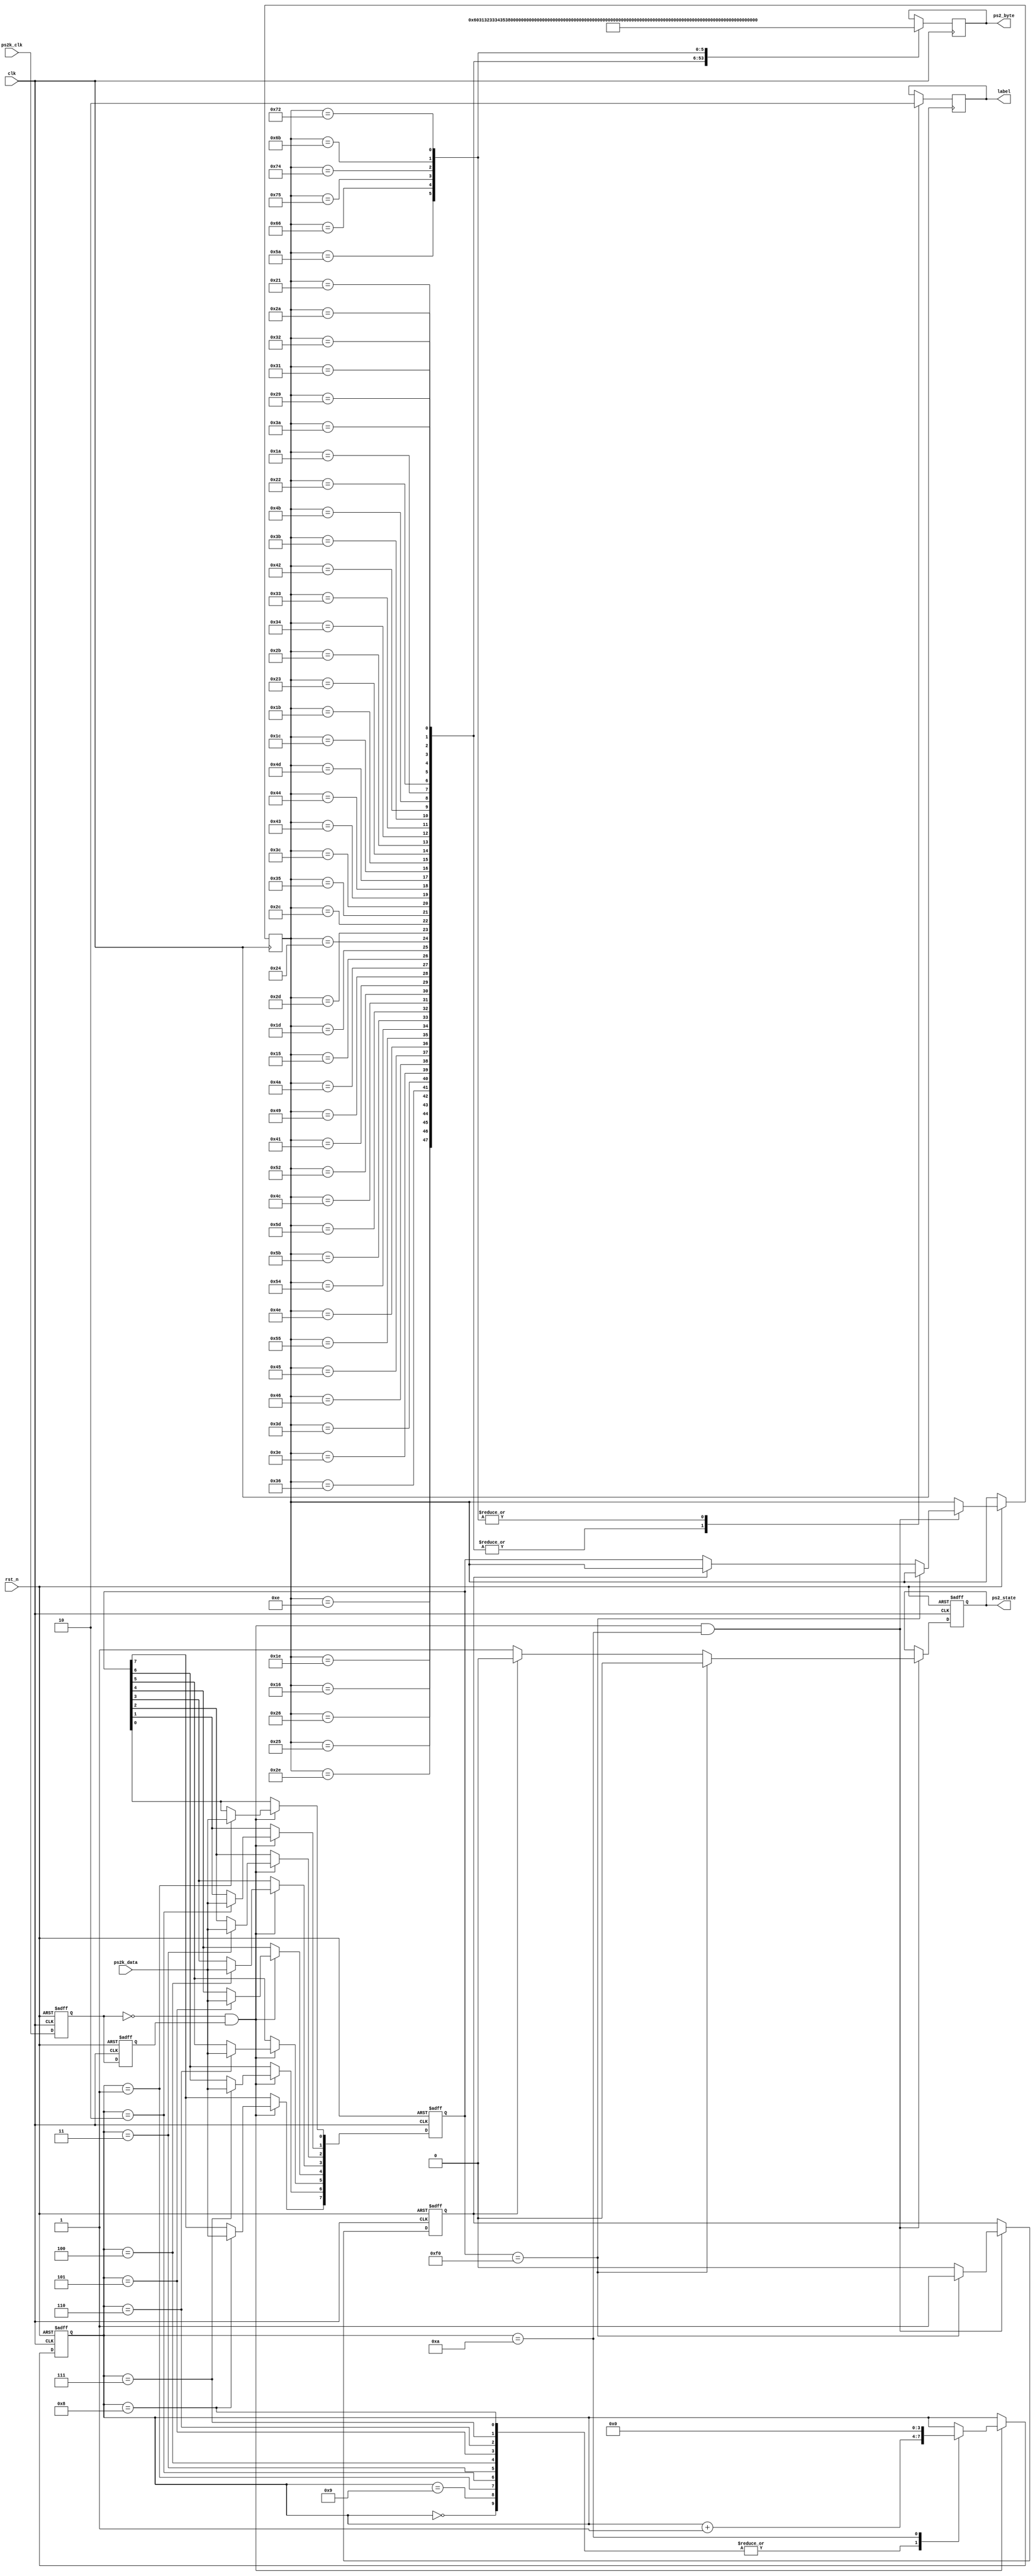
`timescale 1ns / 1ps
//////////////////////////////////////////////////////////////////////////////////
// Company: 
// Engineer: 
// 
// Design Name: 
// Module Name: keyboard
// Project Name: 
// Target Devices: 
// Tool Versions: 
// Description: 
// 
// Dependencies: 
// 
// Revision:
// Revision 0.01 - File Created
// Additional Comments:
// 
//////////////////////////////////////////////////////////////////////////////////

module keyboard(
    clk, rst_n, ps2k_clk,
    ps2k_data, ps2_byte,
    label,ps2_state
);

input clk;      
input rst_n;   
input ps2k_clk;             // PS2
input ps2k_data;            // PS2
output [7:0] ps2_byte;      // 1byte
output ps2_state;
output reg label;

reg ps2k_clk_r0,ps2k_clk_r1;   //ps2k_clk

wire neg_ps2k_clk;   // ps2k_clk


always @ (posedge clk or negedge rst_n) begin
    if(!rst_n) begin
          ps2k_clk_r0 <= 1'b0;
          ps2k_clk_r1 <= 1'b0;
       end
    else begin                        
          ps2k_clk_r0 <= ps2k_clk;
          ps2k_clk_r1 <= ps2k_clk_r0;
       end
end

assign neg_ps2k_clk = ~ps2k_clk_r0 & ps2k_clk_r1;   //


reg[7:0] ps2_byte_r;      //PCPS2
reg[7:0] temp_data;         //
reg[3:0] num;            //
reg shift_status;

always @ (posedge clk or negedge rst_n) begin
    if(!rst_n) begin
          num <= 4'd0;
          temp_data <= 8'd0;
       end
    else if(neg_ps2k_clk) begin   //ps2k_clk
          case (num)
            4'd0:    num <= num+1'b1;
            4'd1:   begin
                      num <= num+1'b1;
                      temp_data[0] <= ps2k_data;   //bit0
                   end
            4'd2:   begin
                      num <= num+1'b1;
                      temp_data[1] <= ps2k_data;   //bit1
                   end
            4'd3:   begin
                      num <= num+1'b1;
                      temp_data[2] <= ps2k_data;   //bit2
                   end
            4'd4:   begin
                      num <= num+1'b1;
                      temp_data[3] <= ps2k_data;   //bit3
                   end
            4'd5:   begin
                      num <= num+1'b1;
                      temp_data[4] <= ps2k_data;   //bit4
                   end
            4'd6:   begin
                      num <= num+1'b1;
                      temp_data[5] <= ps2k_data;   //bit5
                   end
            4'd7:   begin
                      num <= num+1'b1;
                      temp_data[6] <= ps2k_data;   //bit6
                   end
            4'd8:   begin
                      num <= num+1'b1;
                      temp_data[7] <= ps2k_data;   //bit7
                   end
            4'd9:   begin
                      num <= num+1'b1;   //
                   end
            4'd10: begin
                      num <= 4'd0;    
                   end
            default: ;
            endcase
      end   
end

reg key_f0;      //18'hf0
reg ps2_state_r;   //ps2_state_r=1
reg ps2_state_r0,ps2_state_r1;

always @ (posedge clk or negedge rst_n) begin   //1byte
    if(!rst_n) begin
          key_f0 <= 1'b0;
          ps2_state_r0 <= 1'b0;
       end
    else if(neg_ps2k_clk && num==4'd10) begin   //
          if(temp_data == 8'hf0) begin
             key_f0 <= 1'b1;
             ps2_state_r0 <= 0;
          end 
          else begin
                if(!key_f0) begin   //
                      ps2_state_r0 <= 1'b1;
                      ps2_byte_r <= temp_data;   
                   end
                else begin      // 8bit 8'hf0
                      ps2_state_r0 <= 1'b0;
                      key_f0 <= 1'b0;
                   end
             end
       end
end

reg[7:0] ps2_asci;   //ASCII
reg flag;

always @ (posedge clk) begin  
    case (ps2_byte_r)      //ASCII
    8'h0e: begin ps2_asci <= 8'h60;     label=1  ; end
    8'h16: begin ps2_asci <=8'h31;     label=1  ; end
    8'h1e: begin ps2_asci <= 8'h32;     label=1  ; end
    8'h26: begin ps2_asci <= 8'h33;     label=1  ; end
    8'h25: begin ps2_asci <= 8'h34;     label=1  ; end
    8'h2e: begin ps2_asci <= 8'h35;     label=1  ; end
    8'h36: begin ps2_asci <= 8'h36;     label=1  ; end
    8'h3d: begin ps2_asci <= 8'h37;     label=1  ; end
    8'h3e: begin ps2_asci <= 8'h38;     label=1  ; end
    8'h46: begin ps2_asci <= 8'h39;     label=1  ; end
    8'h45: begin ps2_asci <= 8'h3a;     label=1  ; end
    8'h4e: begin ps2_asci <= 8'h2d;     label=1  ; end
    8'h55: begin ps2_asci <= 8'h3d;     label=1  ; end
    8'h54: begin ps2_asci <= 8'h5b;     label=1  ; end
    8'h5b: begin ps2_asci <= 8'h5d;     label=1  ; end
    8'h5d: begin ps2_asci <= 8'h5c;     label=1  ; end
    8'h4c: begin ps2_asci <= 8'h3b;     label=1  ; end
    8'h52: begin ps2_asci <= 8'h22;     label=1  ; end
    8'h41: begin ps2_asci <= 8'h2c;     label=1  ; end
    8'h49: begin ps2_asci <= 8'h2e;     label=1  ; end
    8'h4a: begin ps2_asci <= 8'h2f;     label=1  ; end
    8'h15: begin ps2_asci <= 8'h71;     label=1  ; end //Q
    8'h1d: begin ps2_asci <= 8'h77;     label=1  ; end //W
    8'h24: begin ps2_asci <= 8'h65;     label=1  ; end //E
    8'h2d: begin ps2_asci <= 8'h72;     label=1  ; end //R
    8'h2c: begin ps2_asci <= 8'h74;     label=1  ; end //T
    8'h35: begin ps2_asci <= 8'h79;     label=1  ; end //Y
    8'h3c: begin ps2_asci <= 8'h75;     label=1  ; end //U
    8'h43: begin ps2_asci <= 8'h69;     label=1  ; end //I
    8'h44: begin ps2_asci <= 8'h6f;     label=1  ; end //O
    8'h4d: begin ps2_asci <= 8'h70;     label=1  ; end //P                
    8'h1c: begin ps2_asci <= 8'h61;     label=1  ; end //A
    8'h1b: begin ps2_asci <=8'h73;     label=1  ; end //S
    8'h23: begin ps2_asci <= 8'h64;     label=1  ; end //D
    8'h2b: begin ps2_asci <= 8'h66;     label=1  ; end //F
    8'h34: begin ps2_asci <= 8'h67;     label=1  ; end //G
    8'h33: begin ps2_asci <= 8'h68;     label=1  ; end //H
    8'h3b: begin ps2_asci <= 8'h6a;     label=1  ; end //J
    8'h42: begin ps2_asci <= 8'h6b;     label=1  ; end //K
    8'h4b: begin ps2_asci <= 8'h6c;     label=1  ; end //L
    8'h1a: begin ps2_asci <= 8'h7a;     label=1  ; end //Z
    8'h22: begin ps2_asci <= 8'h78;     label=1  ; end //X
    8'h21: begin ps2_asci <= 8'h63;     label=1  ; end //C
    8'h2a: begin ps2_asci <= 8'h76;     label=1  ; end //V
    8'h32: begin ps2_asci <= 8'h62;     label=1  ; end //B
    8'h31: begin ps2_asci <= 8'h6e;     label=1  ; end //N
    8'h3a: begin ps2_asci <= 8'h6d;     label=1  ; end //M
    8'h45: begin ps2_asci <= 8'h30; label=1; end //0
    8'h16: begin ps2_asci <= 8'h31; label=1; end //1
    8'h1e: begin ps2_asci <= 8'h32; label=1; end //2
    8'h26: begin ps2_asci <= 8'h33; label=1; end //3
    8'h25: begin ps2_asci <= 8'h34; label=1; end //4
    8'h2e: begin ps2_asci <= 8'h35; label=1; end //5
    8'h36: begin ps2_asci <= 8'h36; label=1; end //6
    8'h3d: begin ps2_asci <= 8'h37; label=1; end //7
    8'h3e: begin ps2_asci <= 8'h38; label=1; end //8
    8'h46: begin ps2_asci <= 8'h39; label=1; end //9
    8'h29: begin ps2_asci <= 8'h20; label=1; end //
    8'h5a: begin ps2_asci <= 8'h0d; label=0; end //
    8'h66: begin ps2_asci <= 8'h08; label=0; end //
    8'h75: begin ps2_asci <= 8'hac; label=0; end //up
    8'h74: begin ps2_asci <= 8'had; label=0; end //down
    8'h6b: begin ps2_asci <= 8'hae; label=0; end //left
    8'h72: begin ps2_asci <= 8'haf; label=0; end //right
    default: ;
    endcase
end

assign ps2_state = ps2_state_r0;
assign ps2_byte = ps2_asci;    

endmodule